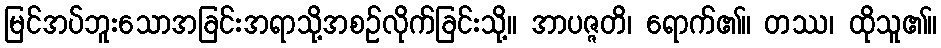
မြင်အပ်ဘူးသောအခြင်းအရာသို့အစဉ်လိုက်ခြင်းသို့။ အာပဇ္ဇတိ၊ ရောက်၏။ တဿ၊ ထိုသူ၏။